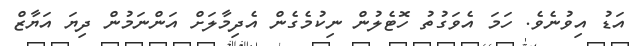
އަޑު އިވުނެވެ. ހަމަ އެވަގުތު ހޮޓެލުން ނިކުމެގެން އެދިމާލަށް އަންނަމުން ދިޔަ އަޔާޒް